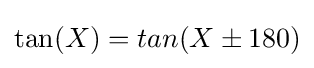
\tan(X)=tan(X\pm 180)